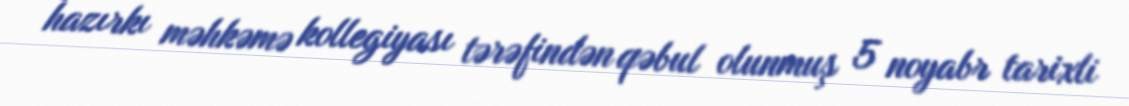
hazırkı məhkəmə kollegiyası tərəfindən qəbul olunmuş 5 noyabr tarixli